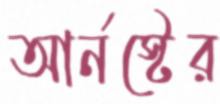
আর্নস্টের